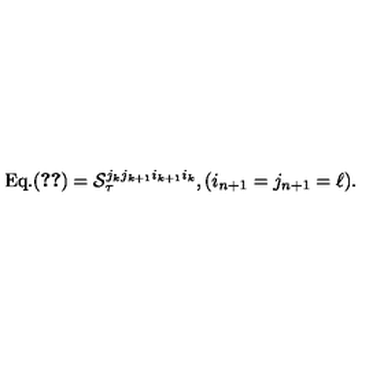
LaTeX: \mathrm { E q . ( \ref { g n - 2 } ) } = { \cal S } _ { \tau } ^ { j _ { k } j _ { k + 1 } i _ { k + 1 } i _ { k } } , ( i _ { n + 1 } = j _ { n + 1 } = \ell ) .